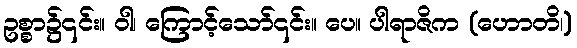
ဥစ္စာ၌၎င်း။ ဝါ၊ ကြောင့်သော်၎င်း။ ပေ။ ပါရာဇိက (ဟောတိ၊)